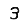
Digit: 3